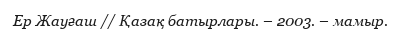
Ер Жауғаш // Қазақ батырлары. – 2003. – мамыр.